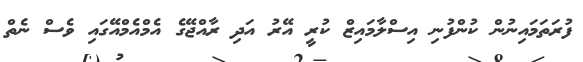
ފުރަތަމައިނުން ކުންފުނި އިސްލާމައިޒް ކުރީ އޭރު އަދި ރާއްޖޭގެ އެމްއެމްއޭގައި ވެސް ނެތް